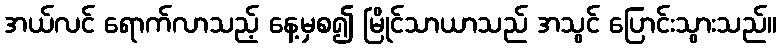
အယ်လင် ရောက်လာသည့် နေ့မှစ၍ မြိုင်သာယာသည် အသွင် ပြောင်းသွားသည်။